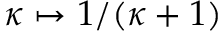
\kappa \mapsto 1 / ( \kappa + 1 )